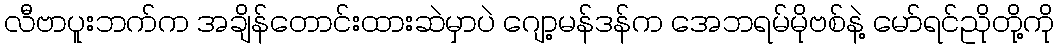
လီဗာပူးဘက်က အချိန်တောင်းထားဆဲမှာပဲ ဂျော့မန်ဒန်က အေဘရမ်မိုဗစ်နဲ့ မော်ရင်ညိုတို့ကို